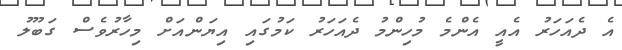
އެ ދެއަހަރު އެއީ އެންމެ މުހިންމު ދެއަހަރު ކަމުގައި އިޔަންއަށް މިހާރުވެސް ގަބޫލު